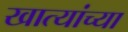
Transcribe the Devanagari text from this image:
खात्यांच्या